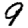
Digit: 9